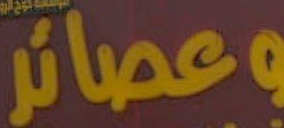
وعصائر